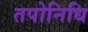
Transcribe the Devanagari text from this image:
तपोनिधि